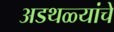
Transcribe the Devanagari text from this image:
अडथळ्यांचे